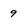
Character: 9